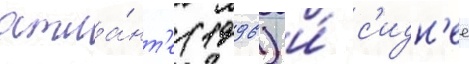
атла́нт'е (1996) и́ с'идн'ее